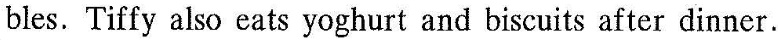
bles.Tily aso eatsyoghurt and biscuits after dinner.